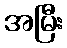
အမြီး